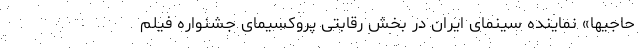
حاجیها» نماینده سینمای ایران در بخش رقابتی پروکسیمای جشنواره فیلم